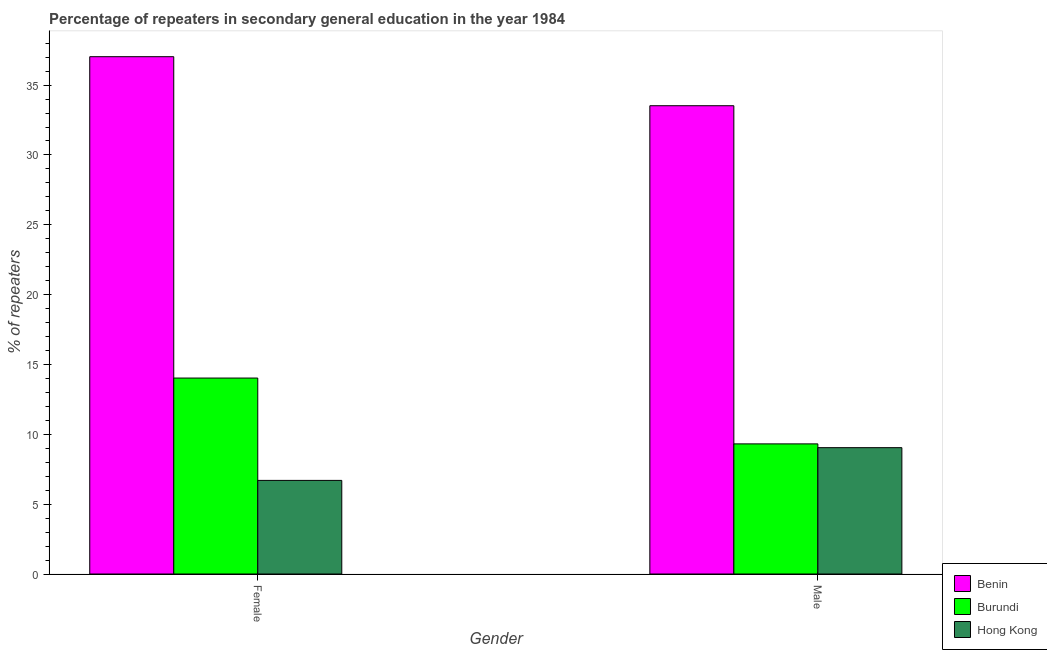
| Gender | Benin | Burundi | Hong Kong |
 | --- | --- | --- | --- |
 | Female | 37 | 14 | 6.7 |
 | Male | 33.5 | 9.31 | 9.04 |